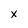
Character: x